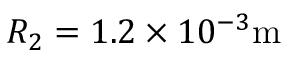
R _ { 2 } = 1 . 2 \times 1 0 ^ { - 3 } \mathrm { m }